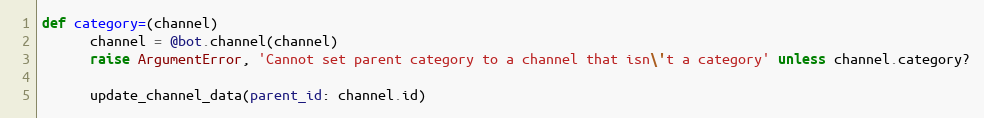
Language: Ruby
def category=(channel)
      channel = @bot.channel(channel)
      raise ArgumentError, 'Cannot set parent category to a channel that isn\'t a category' unless channel.category?

      update_channel_data(parent_id: channel.id)